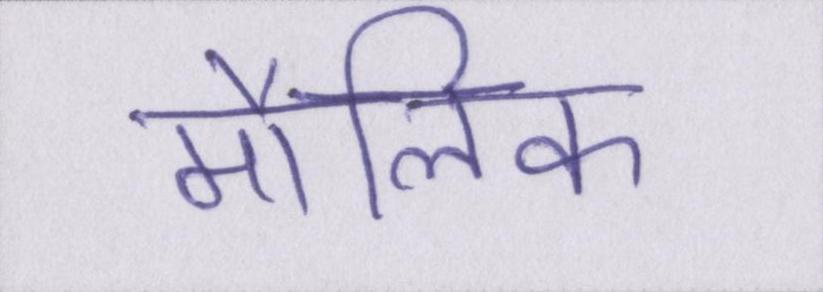
मौलिक